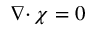
{ { \nabla \cdot } \, } { \boldsymbol \chi } = 0